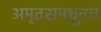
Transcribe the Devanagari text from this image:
अमृतसमधूनच